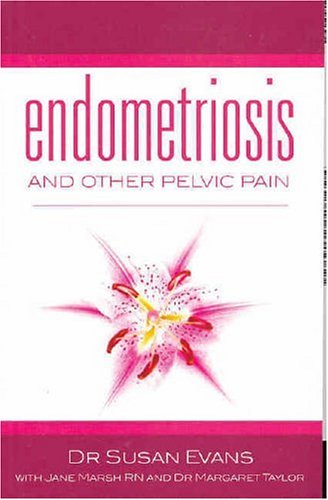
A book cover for Endometriosis and Other Pelvic Pain; Susan Evans; Health, Fitness & Dieting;